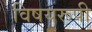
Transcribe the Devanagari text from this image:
विषयरूपी